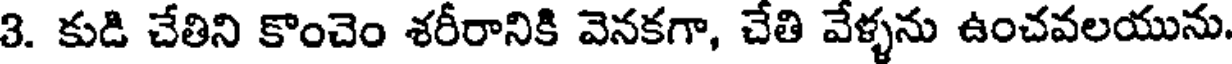
3. కుడి చేతిని కొంచెం శరీరానికి వెనకగా, చేతి వేళ్ళను ఉంచవలయును